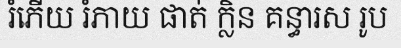
រំភើយ រំភាយ ផាត់ ក្លិន គន្ធារស រូប